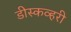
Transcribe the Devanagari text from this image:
डीस्कव्हरी